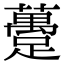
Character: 躉